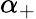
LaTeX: \alpha_{+}